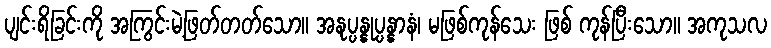
ပျင်းရိခြင်းကို အကြွင်းမဲ့ဖြတ်တတ်သော။ အနုပ္ပန္နုပ္ပန္နာနံ၊ မဖြစ်ကုန်သေး ဖြစ် ကုန်ပြီးသော။ အကုသလ